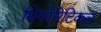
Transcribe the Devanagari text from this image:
थियोरिटिकल